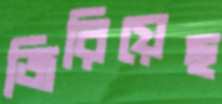
জিরিয়েছ